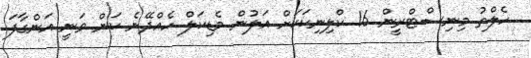
ހެލްތު މިނިސްޓްރީން 16 ކްލިނިކަކަށް އަލުން މެޑިކަލް ހެއްދޭނެ ކަން ވަނީ އަންގާފަ